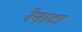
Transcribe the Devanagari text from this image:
रेनाटा